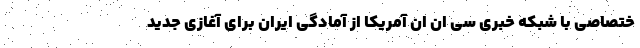
ختصاصی با شبکه خبری سی ان ان آمریکا از آمادگی ایران برای آغازی جدید